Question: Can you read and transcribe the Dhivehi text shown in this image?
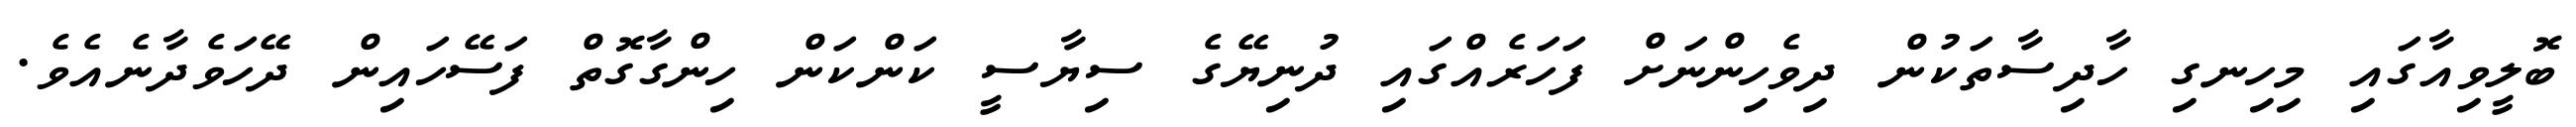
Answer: ބޮލީވިއާގައި މިހިނގި ހާދިސާތަކުން ދިވެހިންނަށް ފަހަރެއްގައި ދުނިޔޭގެ ސިޔާސީ ކަންކަން ހިންގާގޮތް ފަސޭހައިން ދޭހަވެދާނެއެވެ.